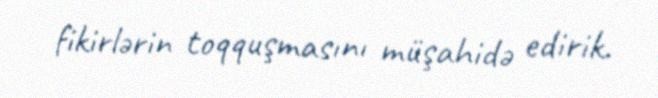
fikirlərin toqquşmasını müşahidə edirik.